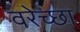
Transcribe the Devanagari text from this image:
वरेच्छा